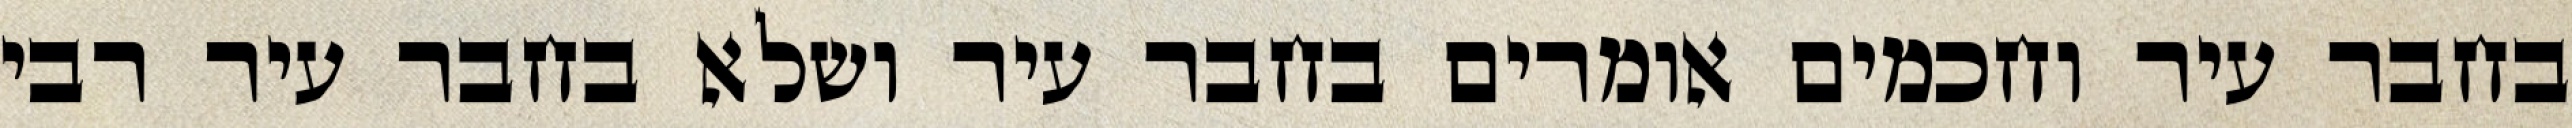
בחבר עיר וחכמים אומרים בחבר עיר ושלא בחבר עיר רבי